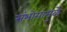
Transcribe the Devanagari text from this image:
संभोगामुळे